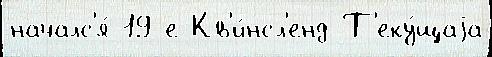
началс'я́ 19-е Кв'и́нсл'енд Т'еку́щаjа